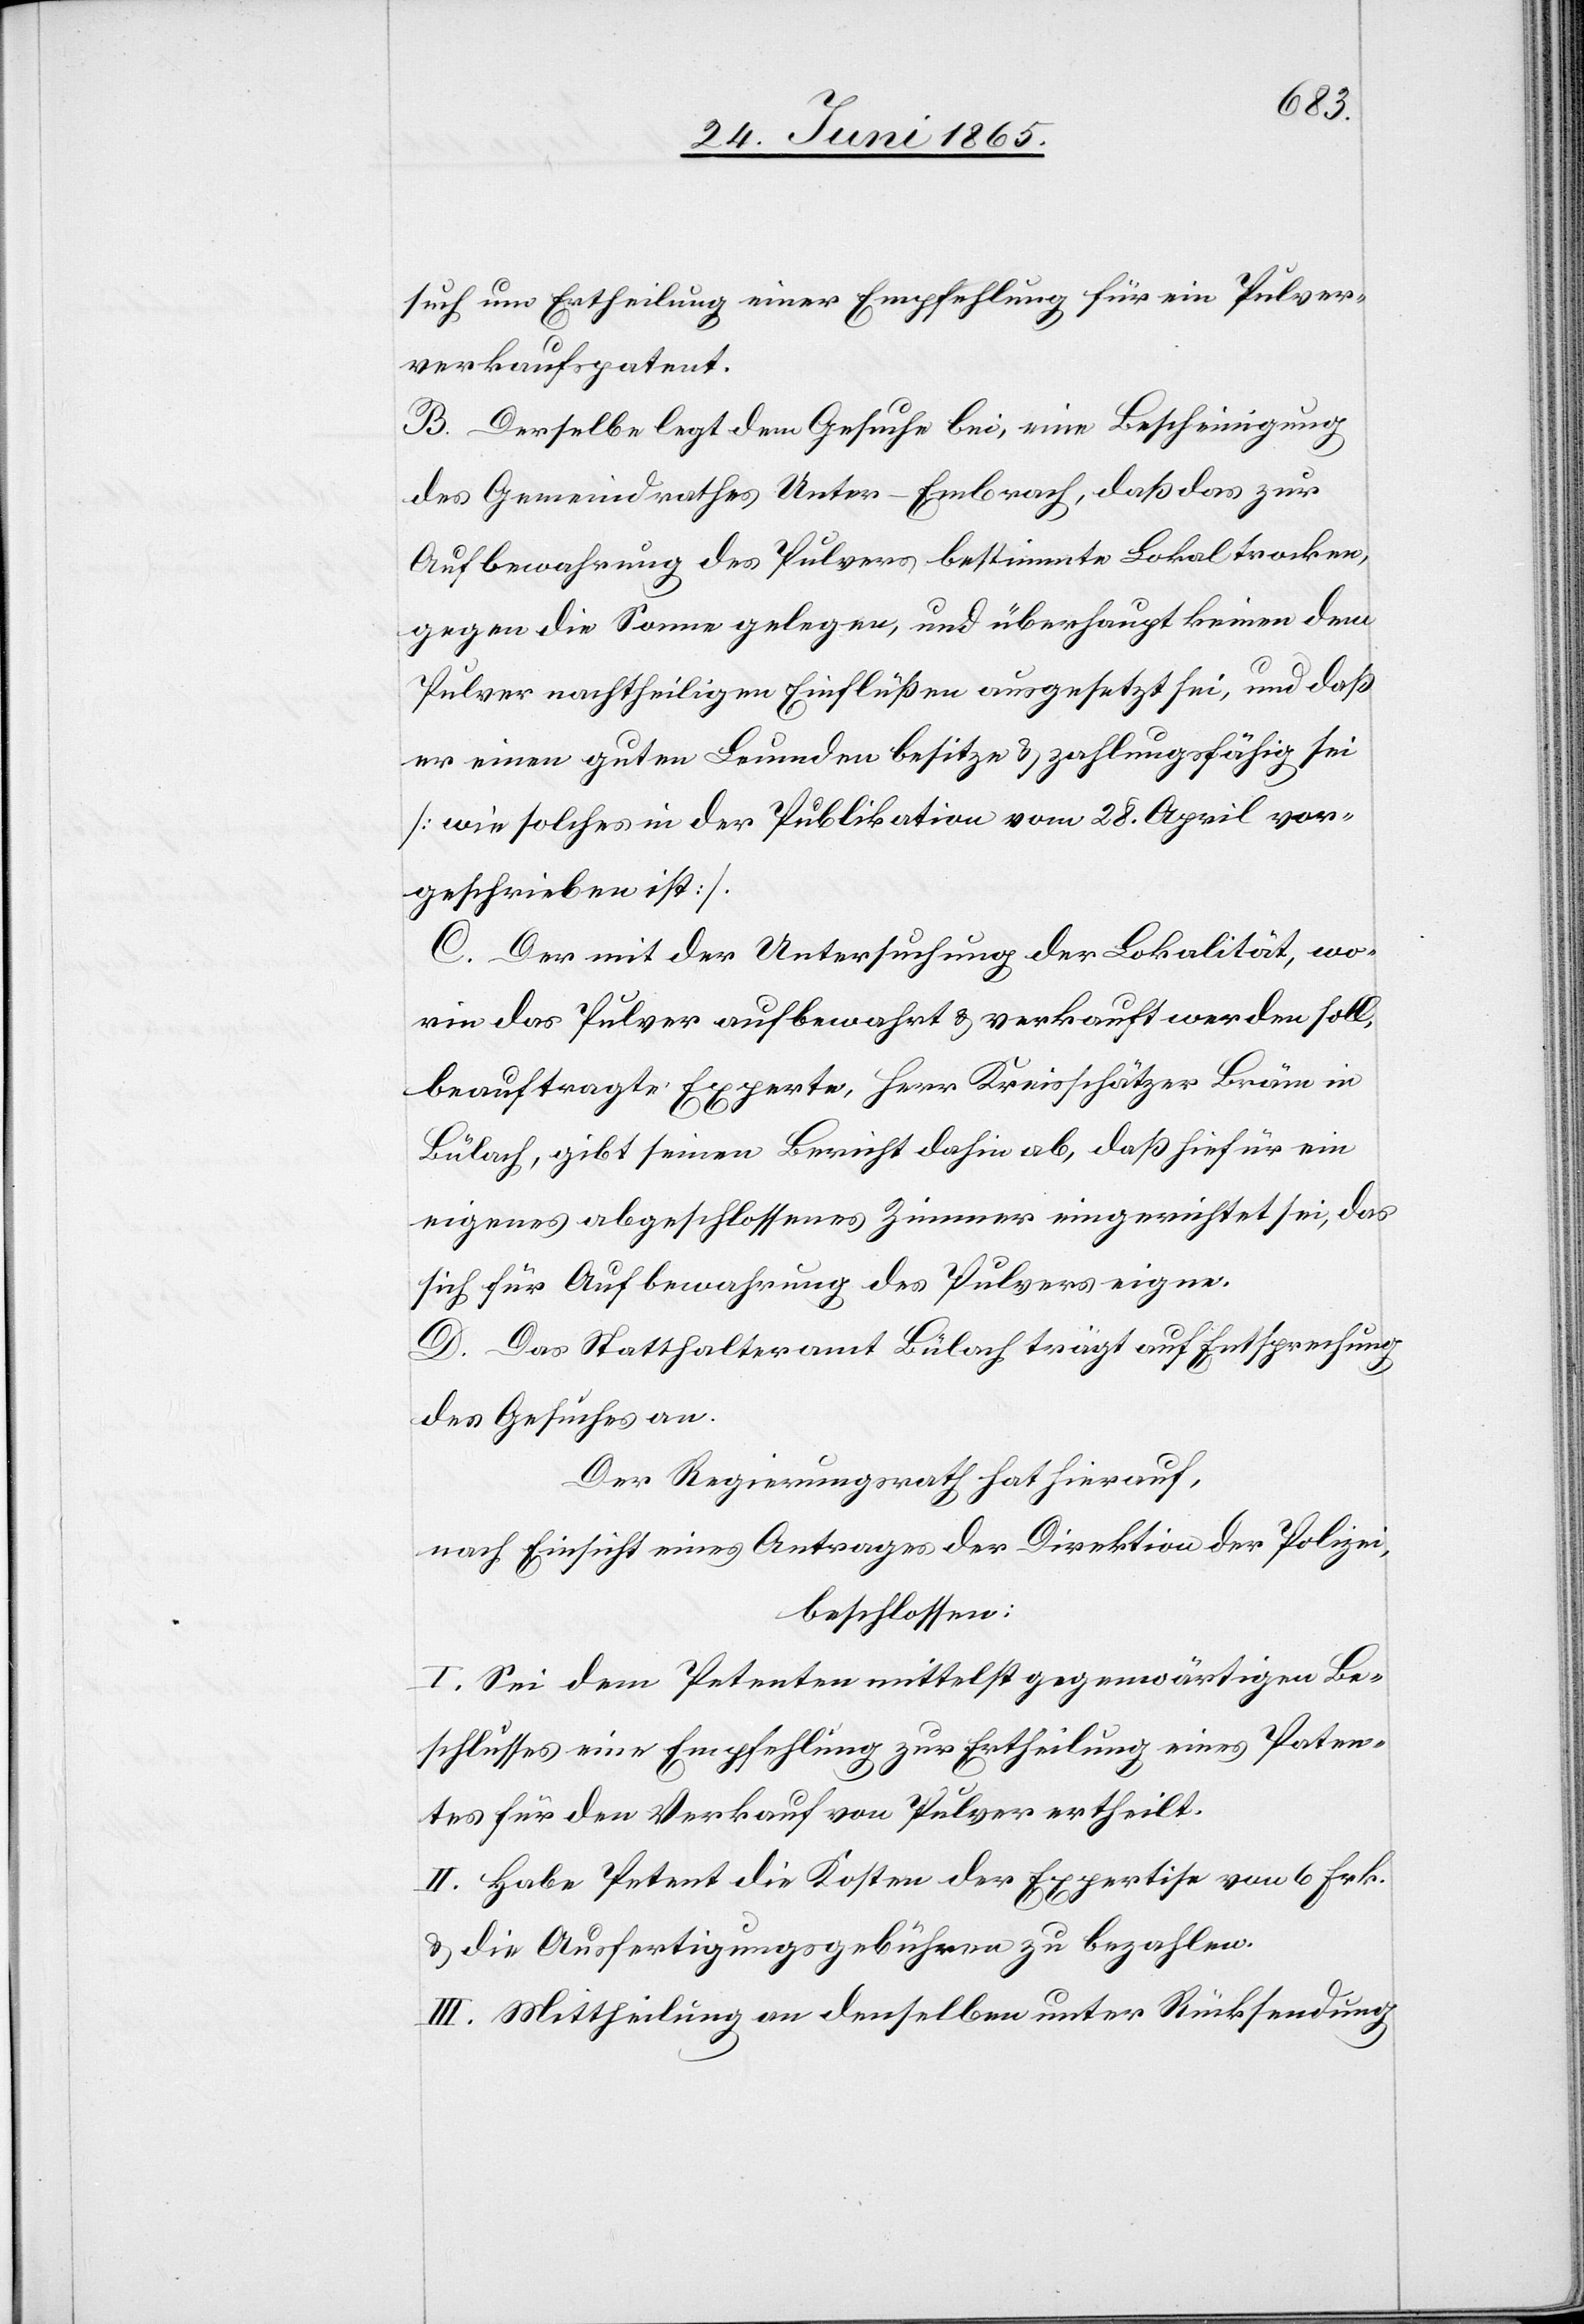
such um Ertheilung einer Empfehlung für ein Pulver¬
verkaufspatent.
B. Derselbe legt dem Gesuche bei, eine Bescheinigung
des Gemeindrathes Unter-Embrach, daß das zur
Aufbewahrung des Pulvers bestimmte Lokal trocken,
gegen die Sonne gelegen, und überhaupt keinen dem
Pulver nachtheiligen Einflüßen ausgesetzt sei, und daß
er einen guten Leumden besitze & zahlungsfähig sei
[wie solches in der Publikation vom 28. April vor¬
geschrieben ist].
C. Der mit der Untersuchung der Lokalität, wo¬
rin das Pulver aufbewahrt & verkauft werden soll,
beauftragte Experte, Herr Kreisschätzer Bräm in
Bülach, gibt seinen Bericht dahin ab, daß hiefür ein
eigenes abgeschlossenes Zimmer eingerichtet sei, das
sich für Aufbewahrung des Pulvers eigne.
D. Das Statthalteramt Bülach trägt auf Entsprechung
des Gesuches an.
Der Regierungsrath hat hierauf,
nach Einsicht eines Antrages der Direktion der Polizei,
beschlossen:
I. Sei dem Petenten mittelst gegenwärtigen Be¬
schlusses eine Empfehlung zur Ertheilung eines Paten¬
tes für den Verkauf von Pulver ertheilt.
II. Habe Petent die Kosten der Expertise von 6 Frk.
& die Ausfertigungsgebühren zu bezahlen.
III. Mittheilung an denselben unter Rücksendung